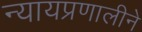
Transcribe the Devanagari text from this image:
न्यायप्रणालीने